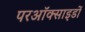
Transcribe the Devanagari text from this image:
परऑक्साइडों